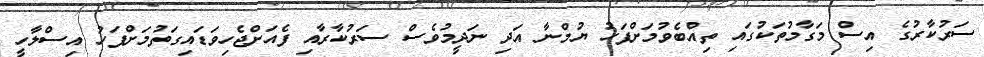
ސަރުކާރުގެ އިސް މަގާމުތަކުގައި ތިއްބެވުމަށްފަހު ޔުމްނާ އަދި ނަދީމުވެސް ސަރުކާރާއި ފެއަށްޖެހިވަޑައިގަތުމަށްފަހު އިސްލާހީ